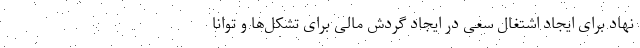
نهاد برای ایجاد اشتغال سعی در ایجاد گردش مالی برای تشکل‌ها و توانا